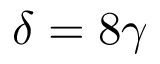
\delta = 8 \gamma